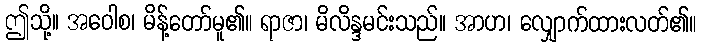
ဤသို့။ အဝေါစ၊ မိန့်တော်မူ၏။ ရာဇာ၊ မိလိန္ဒမင်းသည်။ အာဟ၊ လျှောက်ထားလတ်၏။